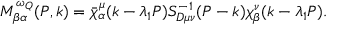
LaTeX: M _ { \beta \alpha } ^ { \omega _ { Q } } ( P , k ) = \bar { \chi } _ { \alpha } ^ { \mu } ( k - \lambda _ { 1 } P ) S _ { D \mu \nu } ^ { - 1 } ( P - k ) \chi _ { \beta } ^ { \nu } ( k - \lambda _ { 1 } P ) .